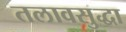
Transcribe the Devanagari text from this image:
तलावसुद्धा